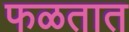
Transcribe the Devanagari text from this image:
फळतात